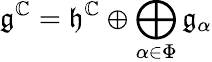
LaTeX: {\mathfrak{g}}^{\mathbb{C}}={\mathfrak{h}}^{\mathbb{C}}\oplus\bigoplus_{\alpha\in\Phi}{\mathfrak{g}}_{\alpha}